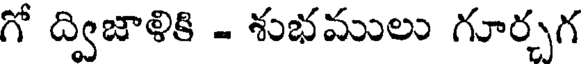
గో ద్విజాళికి - శుభములు గూర్చగ